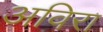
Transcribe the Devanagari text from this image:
अविरा